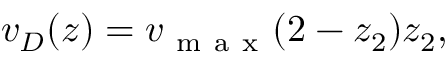
v _ { D } ( z ) = v _ { \mathrm { ~ m ~ a ~ x ~ } } ( 2 - z _ { 2 } ) z _ { 2 } ,